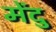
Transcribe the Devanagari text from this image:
मेंदु